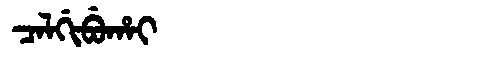
Manchu: ᠴᠠᠯᡤᡳᠪᡠᡥᠠᡳ
Romanization: CALGIBUHAI